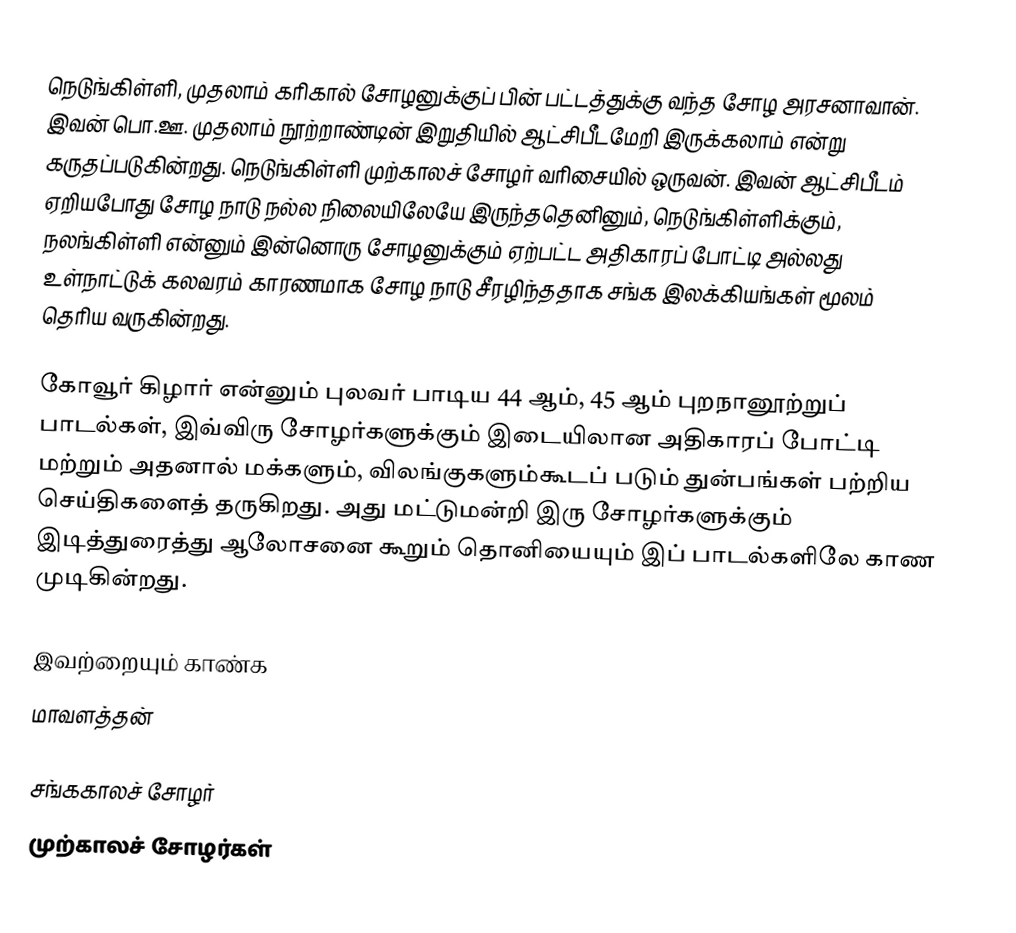
நெடுங்கிள்ளி, முதலாம் கரிகால் சோழனுக்குப் பின் பட்டத்துக்கு வந்த சோழ அரசனாவான். இவன் பொ.ஊ. முதலாம் நூற்றாண்டின் இறுதியில் ஆட்சிபீடமேறி இருக்கலாம் என்று கருதப்படுகின்றது. நெடுங்கிள்ளி முற்காலச் சோழர் வரிசையில் ஒருவன். இவன் ஆட்சிபீடம் ஏறியபோது சோழ நாடு நல்ல நிலையிலேயே இருந்ததெனினும், நெடுங்கிள்ளிக்கும், நலங்கிள்ளி என்னும் இன்னொரு சோழனுக்கும் ஏற்பட்ட அதிகாரப் போட்டி அல்லது உள்நாட்டுக் கலவரம் காரணமாக சோழ நாடு சீரழிந்ததாக சங்க இலக்கியங்கள் மூலம் தெரிய வருகின்றது.

கோவூர் கிழார் என்னும் புலவர் பாடிய 44 ஆம், 45 ஆம் புறநானூற்றுப் பாடல்கள், இவ்விரு சோழர்களுக்கும் இடையிலான அதிகாரப் போட்டி மற்றும் அதனால் மக்களும், விலங்குகளும்கூடப் படும் துன்பங்கள் பற்றிய செய்திகளைத் தருகிறது. அது மட்டுமன்றி இரு சோழர்களுக்கும் இடித்துரைத்து ஆலோசனை கூறும் தொனியையும் இப் பாடல்களிலே காண முடிகின்றது.

இவற்றையும் காண்க
 மாவளத்தன்

சங்ககாலச் சோழர்
முற்காலச் சோழர்கள்